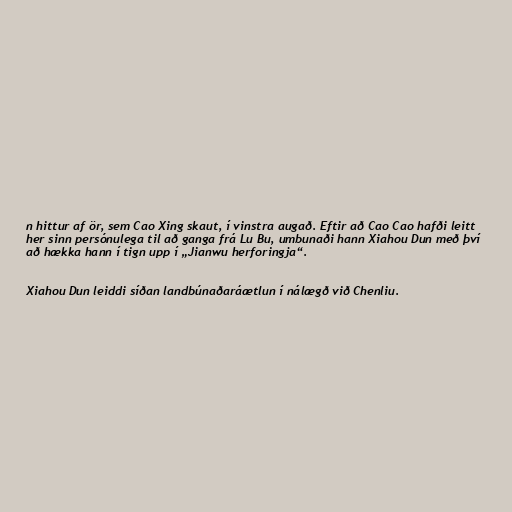
n hittur af ör, sem Cao Xing skaut, í vinstra augað. Eftir að Cao Cao hafði leitt
her sinn persónulega til að ganga frá Lu Bu, umbunaði hann Xiahou Dun með því
að hækka hann í tign upp í „Jianwu herforingja“.

Xiahou Dun leiddi síðan landbúnaðaráætlun í nálægð við Chenliu.